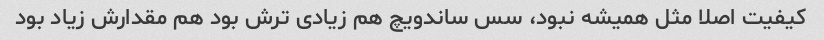
کیفیت اصلا مثل همیشه نبود، سس ساندویچ هم زیادی ترش بود هم مقدارش زیاد بود